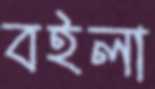
বইলা